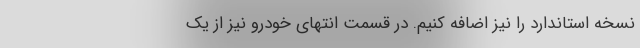
نسخه استاندارد را نیز اضافه کنیم. در قسمت انتهای خودرو نیز از یک